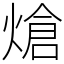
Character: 熗